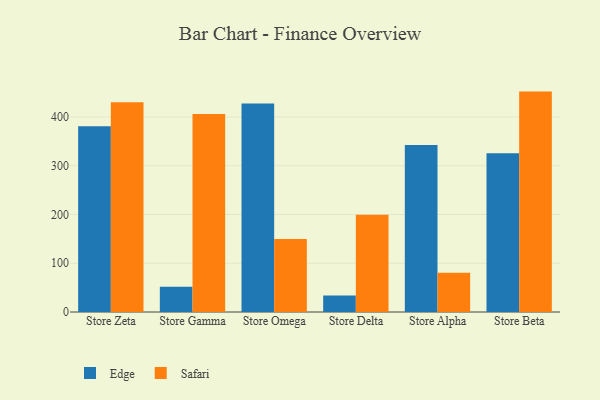
{"axis": {"x": "Store", "y": "Energy Usage (MWh)"}, "legend": ["Edge", "Safari"], "data": [{"x": "Store Zeta", "y": 381.2, "type": "Edge"}, {"x": "Store Zeta", "y": 430.0, "type": "Safari"}, {"x": "Store Gamma", "y": 51.9, "type": "Edge"}, {"x": "Store Gamma", "y": 406.3, "type": "Safari"}, {"x": "Store Omega", "y": 427.7, "type": "Edge"}, {"x": "Store Omega", "y": 149.9, "type": "Safari"}, {"x": "Store Delta", "y": 33.6, "type": "Edge"}, {"x": "Store Delta", "y": 199.7, "type": "Safari"}, {"x": "Store Alpha", "y": 342.6, "type": "Edge"}, {"x": "Store Alpha", "y": 80.7, "type": "Safari"}, {"x": "Store Beta", "y": 325.5, "type": "Edge"}, {"x": "Store Beta", "y": 452.1, "type": "Safari"}]}